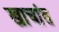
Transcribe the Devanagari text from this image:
खाचांत